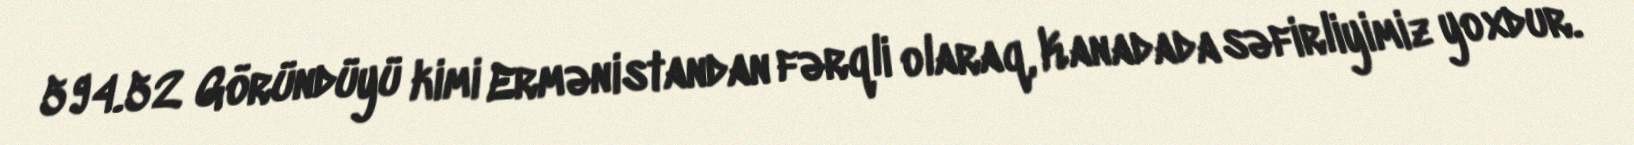
594.52 Göründüyü kimi Ermənistandan fərqli olaraq, Kanadada səfirliyimiz yoxdur.